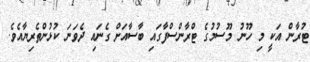
ޓުރާން އަކީ މި ހޫނު މޫސުމުގެ ޓްރާންސްފާގައި ބާސާއަށް ގެނައި ދެވަނަ ކުޅުންތެރިޔާއެވެ.